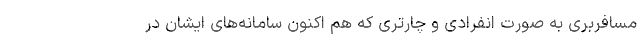
مسافربری به صورت انفرادی و چارتری که هم اکنون سامانه‌های ایشان در